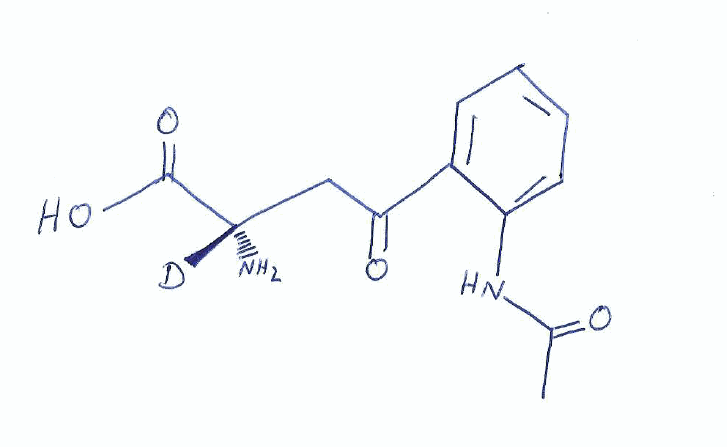
Simplified molecular-input line-entry system (SMILES) notation of the given molecule:
[2H][C@](CC(=O)C1=CC=CC=C1NC(=O)C)(C(=O)O)N